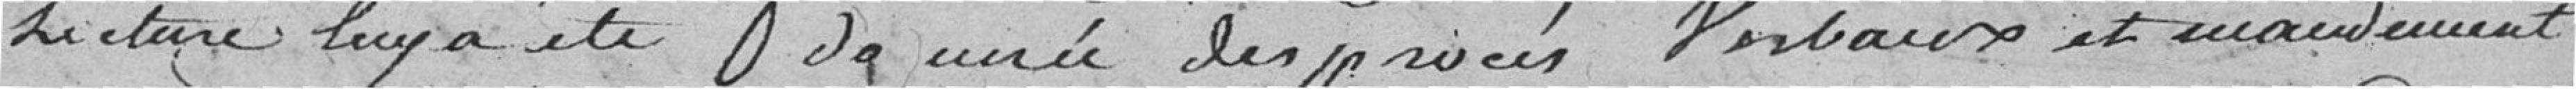
lecture lui a été donnée des procès-verbaux et mandement